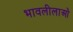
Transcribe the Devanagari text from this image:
भावलीलाओं